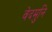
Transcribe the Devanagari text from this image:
वेदमुनि